Civil Veterinary Dept. Bombay admin report 1932-41 - 1932-1941
Year: 1932
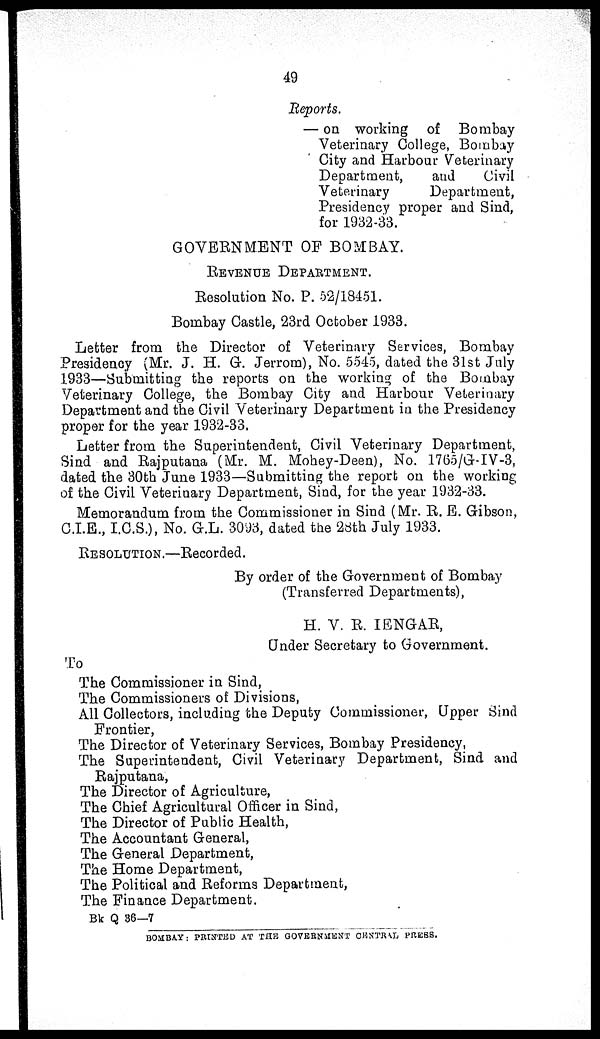
49
Reports.
— on working of Bombay
Veterinary College, Bombay
City and Harbour Veterinary
Department,
and
Civil
Veterinary
Department,
Presidency proper and Sind,
for 1932-33.
GOVERNMENT OF BOMBAY.
REVENUE
DEPARTMENT.
Resolution No. P. 52/18451.
Bombay Castle, 23rd October 1933.
Letter from the Director of Veterinary Services, Bombay
Presidency (Mr. J. H. G. Jerrom), No. 5545, dated the 31st July
1933—Submitting the reports on the working of the Bombay
Veterinary College, the Bombay City and Harbour Veterinary
Department and the Civil Veterinary Department in the Presidency
proper for the year 1932-33.
Letter from the Superintendent, Civil Veterinary Department,
Sind and Rajputana (Mr. M. Mohey-Deen), No. 1765/G-IV-3,
dated the 30th June 1933—Submitting the report on the working
of the Civil Veterinary Department, Sind, for the year 1932-33.
Memorandum from the Commissioner in Sind (Mr. R. E. Gibson,
C.I.E., I.C.S.), No. G.L. 3093, dated the 28th July 1933.
RESOLUTION .—Recorded.
By order of the Government of Bombay
(Transferred Departments),
H. V. R. IENGAR,
Under Secretary to Government.
To
The Commissioner in Sind,
The Commissioners of Divisions,
All Collectors, including the Deputy Commissioner, Upper Sind
Frontier,
The Director of Veterinary Services, Bombay Presidency,
The Superintendent, Civil Veterinary Department, Sind and
Rajputana,
The Director of Agriculture,
The Chief Agricultural Officer in Sind,
The Director of Public Health,
The Accountant General,
The General Department,
The Home Department,
The Political and Reforms Department,
The Finance Department.
Bk Q 36—7
BOMBAY: PRINTED AT THE GOVERNMENT CENTRAL PRESS.